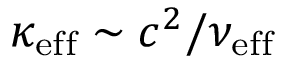
\kappa _ { \mathrm { e f f } } \sim c ^ { 2 } / \nu _ { \mathrm { e f f } }